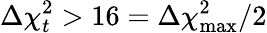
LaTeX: \Delta\chi_{t}^{2}>16=\Delta\chi_{\mathrm{max}}^{2}/2